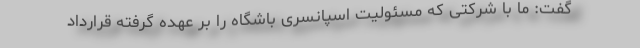
گفت: ما با شرکتی که مسئولیت اسپانسری باشگاه را بر عهده گرفته قرارداد